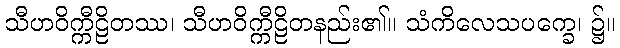
သီဟဝိက္ကီဠိတဿ၊ သီဟဝိက္ကီဠိတနည်း၏။ သံကိလေသပက္ခေ၊ ၌။